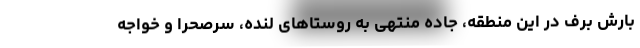
بارش برف در این منطقه، جاده منتهی به روستاهای لنده، سرصحرا و خواجه